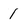
Character: 1